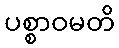
ပစ္စာဝမတိ